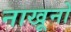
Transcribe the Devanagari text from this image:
नाखूनो